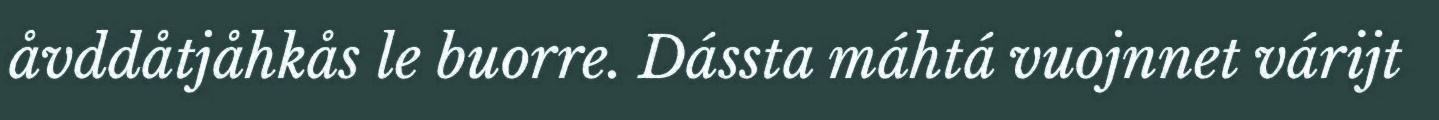
åvddåtjåhkås le buorre. Dássta máhtá vuojnnet várijt